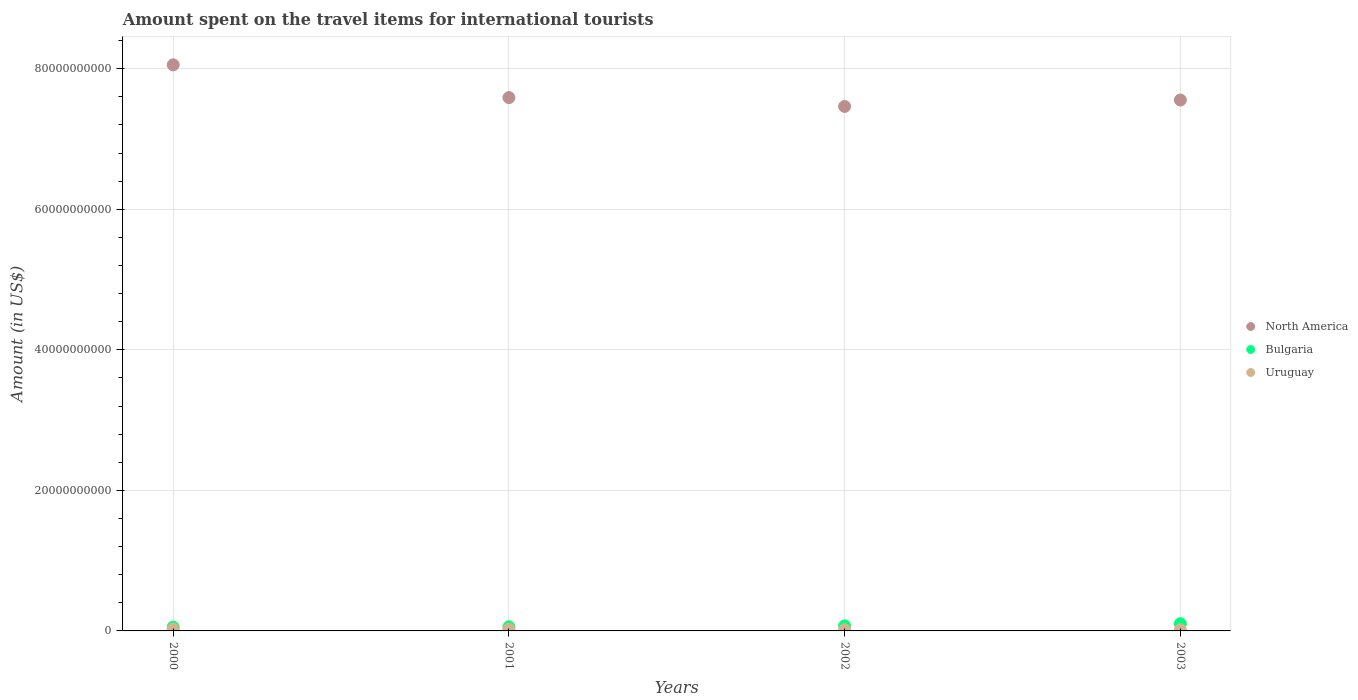
| Years | North America | Bulgaria | Uruguay |
 | --- | --- | --- | --- |
 | 2000 | 8.06e+10 | 5.38e+08 | 2.81e+08 |
 | 2001 | 7.59e+10 | 5.89e+08 | 2.57e+08 |
 | 2002 | 7.46e+10 | 7.17e+08 | 1.78e+08 |
 | 2003 | 7.56e+10 | 1.03e+09 | 1.69e+08 |